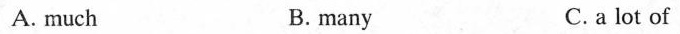
A. much B. many C. a lot of